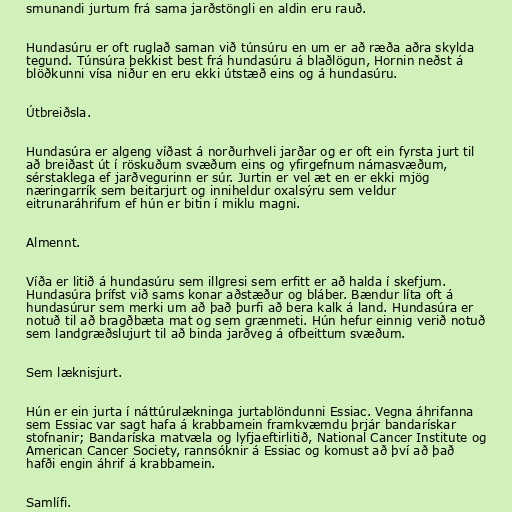
smunandi jurtum frá sama jarðstöngli en aldin eru rauð.

Hundasúru er oft ruglað saman við túnsúru en um er að ræða aðra skylda
tegund. Túnsúra þekkist best frá hundasúru á blaðlögun, Hornin neðst á
blöðkunni vísa niður en eru ekki útstæð eins og á hundasúru.

Útbreiðsla.

Hundasúra er algeng víðast á norðurhveli jarðar og er oft ein fyrsta jurt til
að breiðast út í röskuðum svæðum eins og yfirgefnum námasvæðum,
sérstaklega ef jarðvegurinn er súr. Jurtin er vel æt en er ekki mjög
næringarrík sem beitarjurt og inniheldur oxalsýru sem veldur
eitrunaráhrifum ef hún er bitin í miklu magni.

Almennt.

Víða er litið á hundasúru sem illgresi sem erfitt er að halda í skefjum.
Hundasúra þrífst við sams konar aðstæður og bláber. Bændur líta oft á
hundasúrur sem merki um að það þurfi að bera kalk á land. Hundasúra er
notuð til að bragðbæta mat og sem grænmeti. Hún hefur einnig verið notuð
sem landgræðslujurt til að binda jarðveg á ofbeittum svæðum.

Sem læknisjurt.

Hún er ein jurta í náttúrulækninga jurtablöndunni Essiac. Vegna áhrifanna
sem Essiac var sagt hafa á krabbamein framkvæmdu þrjár bandarískar
stofnanir; Bandaríska matvæla og lyfjaeftirlitið, National Cancer Institute og
American Cancer Society, rannsóknir á Essiac og komust að því að það
hafði engin áhrif á krabbamein.

Samlífi.